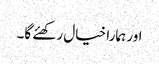
اور ہمارا خیال رکھئے گا۔